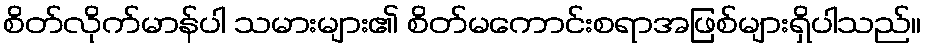
စိတ်လိုက်မာန်ပါ သမားများ၏ စိတ်မကောင်းစရာအဖြစ်များရှိပါသည်။